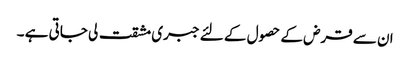
ان سے قرض کے حصول کے لئے جبری مشقت لی جاتی ہے ۔